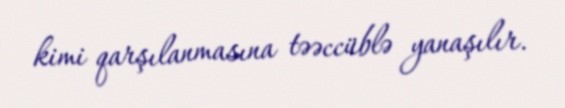
kimi qarşılanmasına təəccüblə yanaşılır.